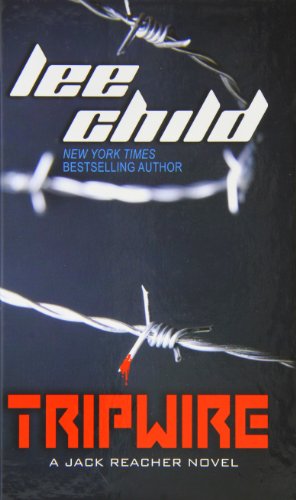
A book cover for Tripwire (A Jack Reacher Novel); Lee Child; Romance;